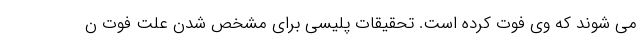
می شوند که وی فوت کرده است. تحقیقات پلیسی برای مشخص شدن علت فوت ن